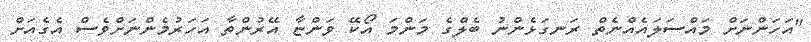
"އަހަންނަށް މައްސަލައެއްނެތް ރަނގަޅެންނު ބެލްގެ މަންމަ އޯކޭ ވަންޏާ އޭރުންތާ އަހަރުމެންނަށްވެސް އެގެއަށް